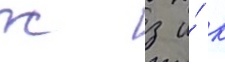
ж з и́ к